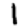
Digit: 1